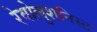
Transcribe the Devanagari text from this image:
रेवोलुशनिस्ट